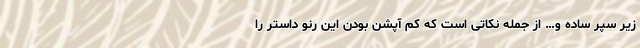
زیر سپر ساده و… از جمله نکاتی است که کم آپشن بودن این رنو داستر را